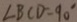
\angle B C D = 9 0 ^ { \circ }